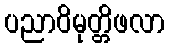
ပညာဝိမုတ္တိဖလာ